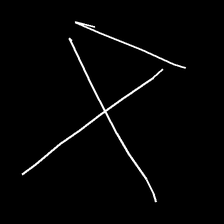
Glyph: collection